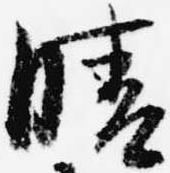
晴